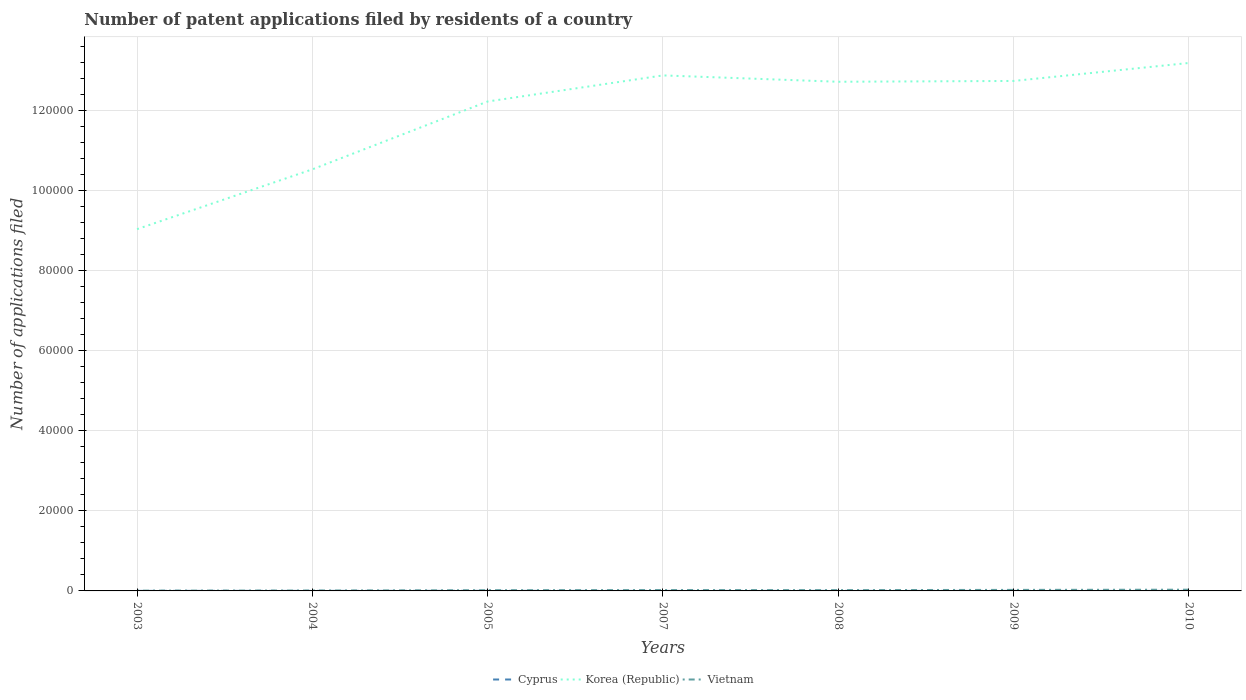
| Years | Cyprus | Korea (Republic) | Vietnam |
 | --- | --- | --- | --- |
 | 2003 | 12 | 9.03e+04 | 78 |
 | 2004 | 9 | 1.05e+05 | 103 |
 | 2005 | 20 | 1.22e+05 | 180 |
 | 2007 | 3 | 1.29e+05 | 219 |
 | 2008 | 11 | 1.27e+05 | 204 |
 | 2009 | 6 | 1.27e+05 | 258 |
 | 2010 | 4 | 1.32e+05 | 306 |